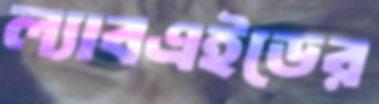
ল্যাবএইডের